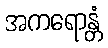
အကရောန္တံ